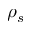
\rho _ { s }